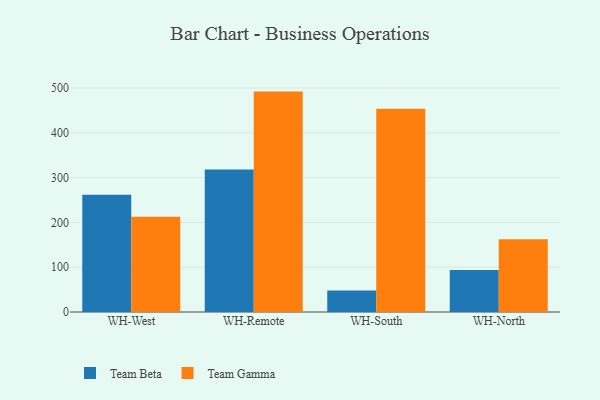
{"axis": {"x": "Warehouse", "y": "Headcount"}, "legend": ["Team Beta", "Team Gamma"], "data": [{"x": "WH-West", "y": 261.6, "type": "Team Beta"}, {"x": "WH-West", "y": 212.7, "type": "Team Gamma"}, {"x": "WH-Remote", "y": 318.1, "type": "Team Beta"}, {"x": "WH-Remote", "y": 492.1, "type": "Team Gamma"}, {"x": "WH-South", "y": 47.9, "type": "Team Beta"}, {"x": "WH-South", "y": 453.8, "type": "Team Gamma"}, {"x": "WH-North", "y": 94.0, "type": "Team Beta"}, {"x": "WH-North", "y": 162.6, "type": "Team Gamma"}]}